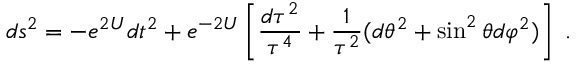
d s ^ { 2 } = - e ^ { 2 U } d t ^ { 2 } + e ^ { - 2 U } \left[ { \frac { d \tau ^ { 2 } } { \tau ^ { 4 } } } + { \frac { 1 } { \tau ^ { 2 } } } ( d \theta ^ { 2 } + \sin ^ { 2 } \theta d \varphi ^ { 2 } ) \right] \ .